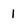
Character: 1